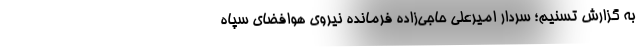
به گزارش تسنیم؛ سردار امیرعلی حاجی‌زاده فرمانده نیروی هوافضای سپاه